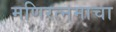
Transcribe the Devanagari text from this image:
मणिरत्नमाचा